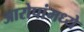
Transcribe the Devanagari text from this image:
आरोपांमध्ये